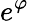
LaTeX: e^{\varphi}